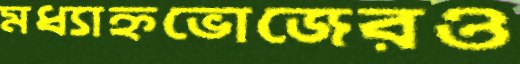
মধ্যাহ্নভোজেরও